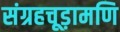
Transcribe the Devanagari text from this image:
संग्रहचूड़ामणि